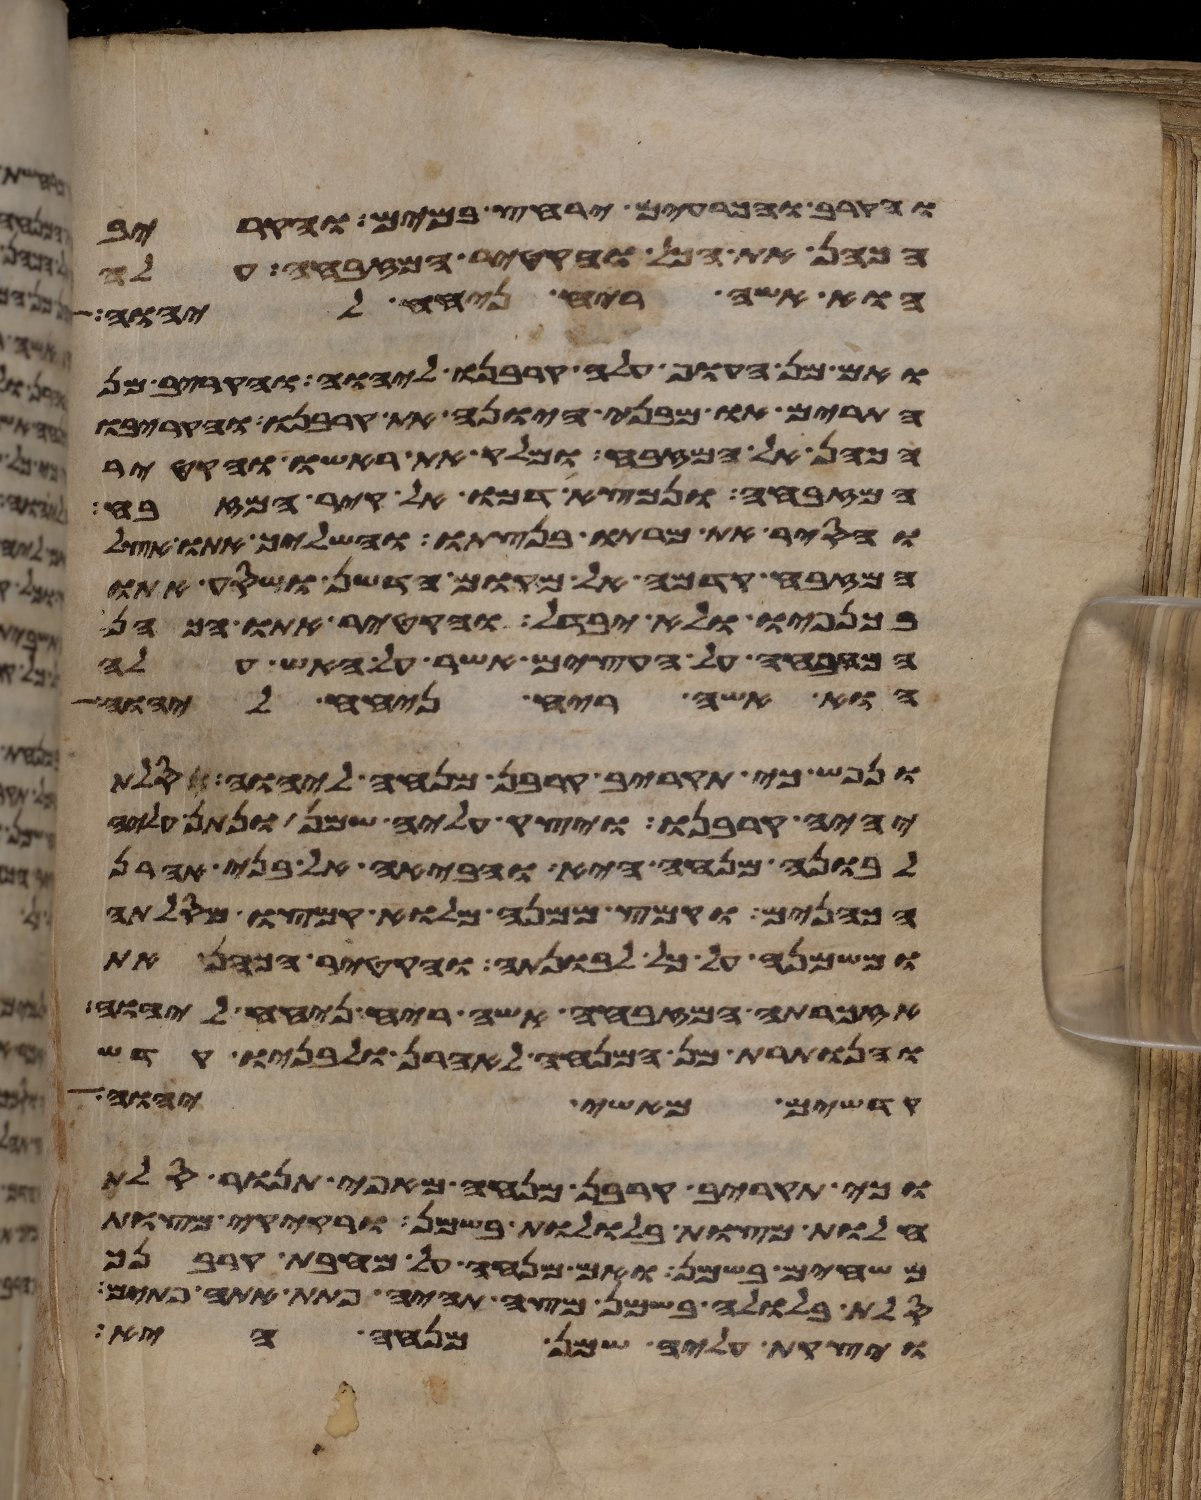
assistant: והקרב והכרעים ירחץ במים והקריב
הכהן את הכל והקטיר המזבחה עלה
הוא אשה ריח ניחח ליהוה
ואם מן העוף עלה קרבנו ליהוה והקריב מן
התרים או מבני היונה את קרבנו והקריבו
הכהן אל המזבח ומלק את ראשו והקטיר
המזבחה ונמצא דמו אל קיר המזבח
והסיר את מרתו בנצתו והשליך אתו אצל
המזבח קדמה אל מקום הדשן ושסע אתו
בכנפיו ולא יבדל והקטיר אתו הכהן
המזבחה על העצים אשר על האש עלה
הוא אשה ריח ניחח ליהוה
ונפש כי תקריב קרבן מנחה ליהוה סלת
יהיה קרבנו ויצק עליה שמן ונתן עליה
לבונה מנחה היא והביאה אל בני אהרן
הכהנים וקמץ ממנה מלוא קמצו מסלתה
ומשמנה על כל לבונתה והקטיר הכהן את
אזכרתה המזבחה אשה ריח ניחח ליהוה
והנותרת מן המנחה לאהרן ולבניו קדש
קדשים מאשי יהוה
וכי תקריב קרבן מנחה מאפה תנור סלת
חלות מצות בללות בשמן ורקיקי מצות
משחים בשמן ואם מנחה על מחבת קרבנך
סלת בלולה בשמן מצה תהיה פתת אתה פתים
ויצקת עליה שמן מנחה היא